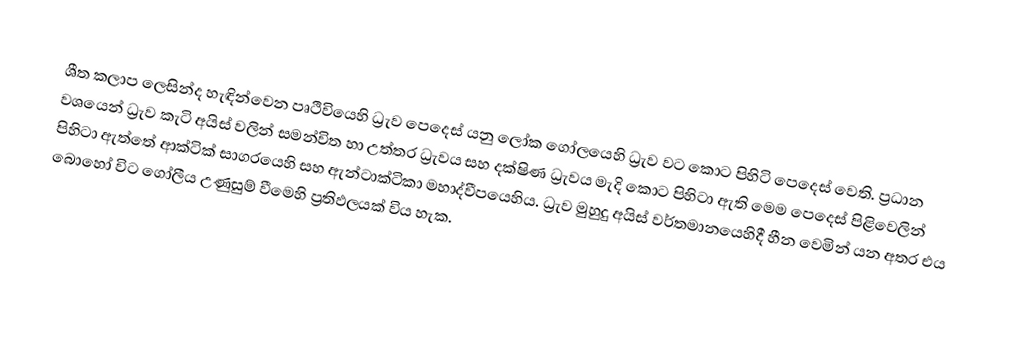
ශීත කලාප ලෙසින්ද හැඳින්වෙන පෘථිවියෙහි ධ්‍රැව පෙදෙස් යනු ලෝක ගෝලයෙහි ධ්‍රැව වට කොට පිහිටි පෙදෙස් වෙති. ප්‍රධාන වශයෙන්   ධ්‍රැව කැටි අයිස් වලින් සමන්විත හා උත්තර ධ්‍රැවය සහ දක්ෂිණ ධ්‍රැවය මැදි කොට පිහිටා ඇති මෙම පෙදෙස් පිළිවෙලින් පිහිටා ඇත්තේ ආක්ටික් සාගරයෙහි සහ ඇන්ටාක්ටිකා මහාද්වීපයෙහිය. ධ්‍රැව මුහුදු අයිස් වර්තමානයෙහිදී හීන වෙමින් යන අතර එය බොහෝ විට  ගෝලීය උණුසුම් වීමෙහි ප්‍රතිඵලයක් විය හැක.